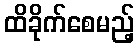
ထိခိုက်စေမည့်